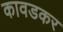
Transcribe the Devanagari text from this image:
कावडकर